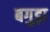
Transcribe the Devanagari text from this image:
बगुड़ा